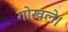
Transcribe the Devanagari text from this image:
गोखले।